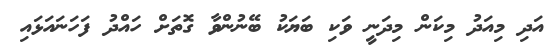
އަދި މިއަދު މިކަން މިދަނީ ވަކި ބަޔަކު ބޭނުންވާ ގޮތަށް ހައްދު ފަހަނައަޅައި